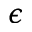
\epsilon